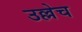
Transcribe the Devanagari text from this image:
उल्लेच